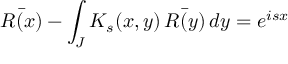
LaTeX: \bar { R ( x ) } - \int _ { J } K _ { s } ( x , y ) \, \bar { R ( y ) } \, d y = e ^ { i s x }